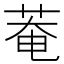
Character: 菴